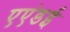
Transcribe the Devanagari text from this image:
एएंडई